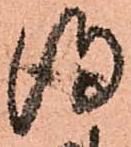
得